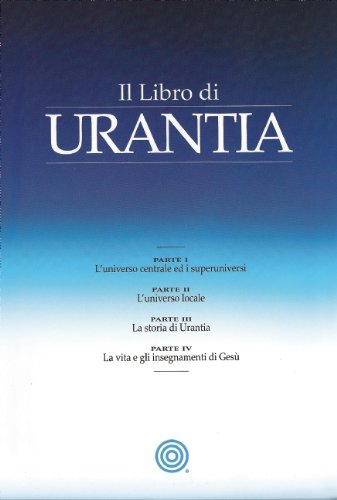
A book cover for Il Libro di Urantia; Urantia Foundation; Religion & Spirituality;